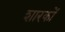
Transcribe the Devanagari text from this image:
शारकों